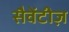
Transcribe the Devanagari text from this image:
सैवेंटीज़